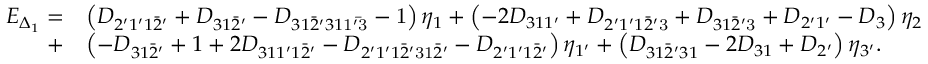
\begin{array} { r l } { E _ { \Delta _ { 1 } } = } & { \left( { { D _ { 2 ^ { \prime } 1 ^ { \prime } 1 \bar { 2 } ^ { \prime } } } + { D _ { 3 1 \bar { 2 } ^ { \prime } } } - { D _ { 3 1 \bar { 2 } ^ { \prime } 3 1 \mathrm { { 1 ^ { \prime } \bar { 3 } } } } } - { \mathrm { 1 } } } \right) { \eta _ { 1 } } + \left( { - 2 { D _ { 3 1 1 ^ { \prime } } } + { D _ { 2 ^ { \prime } 1 ^ { \prime } 1 \bar { 2 } ^ { \prime } \mathrm { { 3 } } } } + { D _ { 3 1 \bar { 2 } ^ { \prime } { \mathrm { 3 } } } } + { D _ { 2 ^ { \prime } 1 ^ { \prime } } } - { D _ { 3 } } } \right) { \eta _ { 2 } } } \\ { + } & { \left( { - { D _ { 3 1 \bar { 2 } ^ { \prime } } } + 1 + 2 { D _ { 3 1 1 ^ { \prime } 1 \bar { 2 } ^ { \prime } } } - { D _ { 2 ^ { \prime } 1 ^ { \prime } 1 \bar { 2 } ^ { \prime } \mathrm { { 3 1 } } \bar { 2 } ^ { \prime } } } - { D _ { 2 ^ { \prime } 1 ^ { \prime } 1 \bar { 2 } ^ { \prime } } } } \right) { \eta _ { 1 ^ { \prime } } } + \left( { { D _ { 3 1 \bar { 2 } ^ { \prime } 3 1 } } - 2 { D _ { 3 1 } } + { D _ { 2 ^ { \prime } } } } \right) { \eta _ { 3 ^ { \prime } } } . } \end{array}